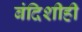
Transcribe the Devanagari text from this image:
बंदिशीही